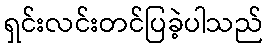
ရှင်းလင်းတင်ပြခဲ့ပါသည်